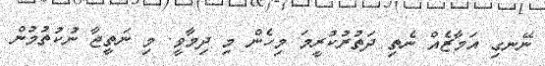
ނޭނގި އަމާޒެއް ނެތި ދަތުރުކުރީމަ މިހެން މި ދިމާވީ. މި ނަތީޖާ ނުކުތުމުން